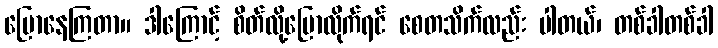
ပြောနေကြတာ။ ဒါကြောင့် စိတ်လို့ပြောလိုက်ရင် စေတသိက်လည်း ပါတယ်၊ တစ်ခါတစ်ခါ